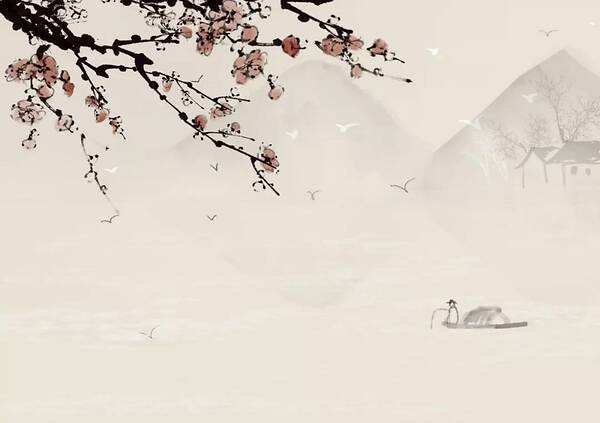
心事孤山春梦在，到思量犹断诗魂。